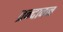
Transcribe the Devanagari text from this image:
व्रन्दावन